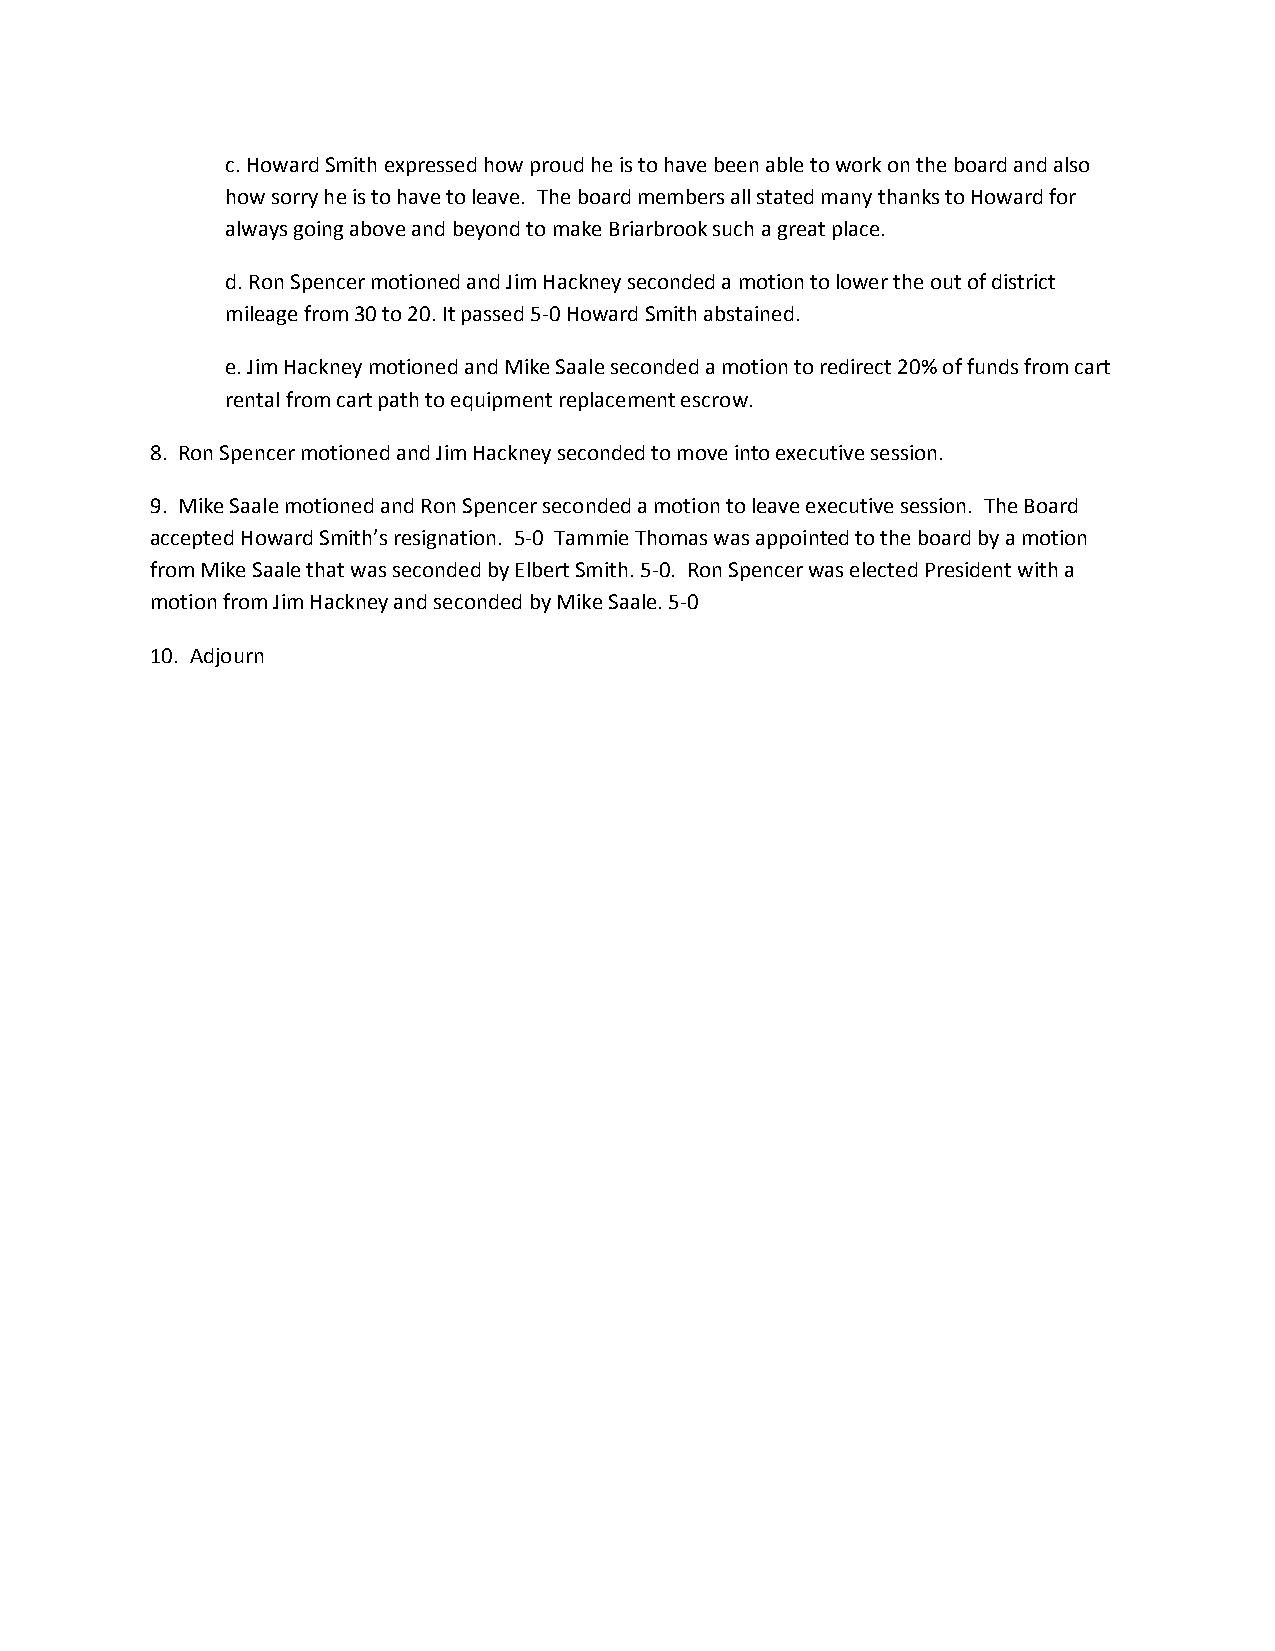
c. Howard Smith expressed how proud he is to have been able to work on the board and also
 how sorry he is to have to leave. The board members all stated many thanks to Howard for
 always going above and beyond to make Briarbrook such a great place.
 d. Ron Spencer motioned and Jim Hackney seconded a motion to lower the out of district
 mileage from 30 to 20. It passed 5-0 Howard Smith abstained.
 e. Jim Hackney motioned and Mike Saale seconded a motion to redirect 20% of funds from cart
 rental from cart path to equipment replacement escrow.
 8. Ron Spencer motioned and Jim Hackney seconded to move into executive session.
 9. Mike Saale motioned and Ron Spencer seconded a motion to leave executive session. The Board
 accepted Howard Smith’s resignation. 5-0 Tammie Thomas was appointed to the board by a motion
 from Mike Saale that was seconded by Elbert Smith. 5-0. Ron Spencer was elected President with a
 motion from Jim Hackney and seconded by Mike Saale. 5-0
 10. Adjourn